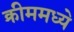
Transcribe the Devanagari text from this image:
क्रीममध्ये